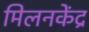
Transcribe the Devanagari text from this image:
मिलनकेंद्र